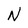
Character: N